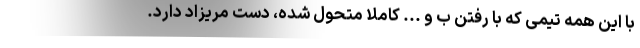
با این همه تیمی که با رفتن ب و ... کاملاً متحول شده، دست مریزاد دارد.